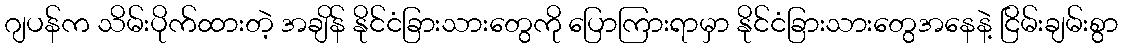
ဂျပန်က သိမ်းပိုက်ထားတဲ့ အချိန် နိုင်ငံခြားသားတွေကို ပြောကြားရာမှာ နိုင်ငံခြားသားတွေအနေနဲ့ ငြိမ်းချမ်းစွာ